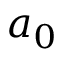
a _ { 0 }